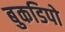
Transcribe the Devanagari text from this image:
बुकडिपो